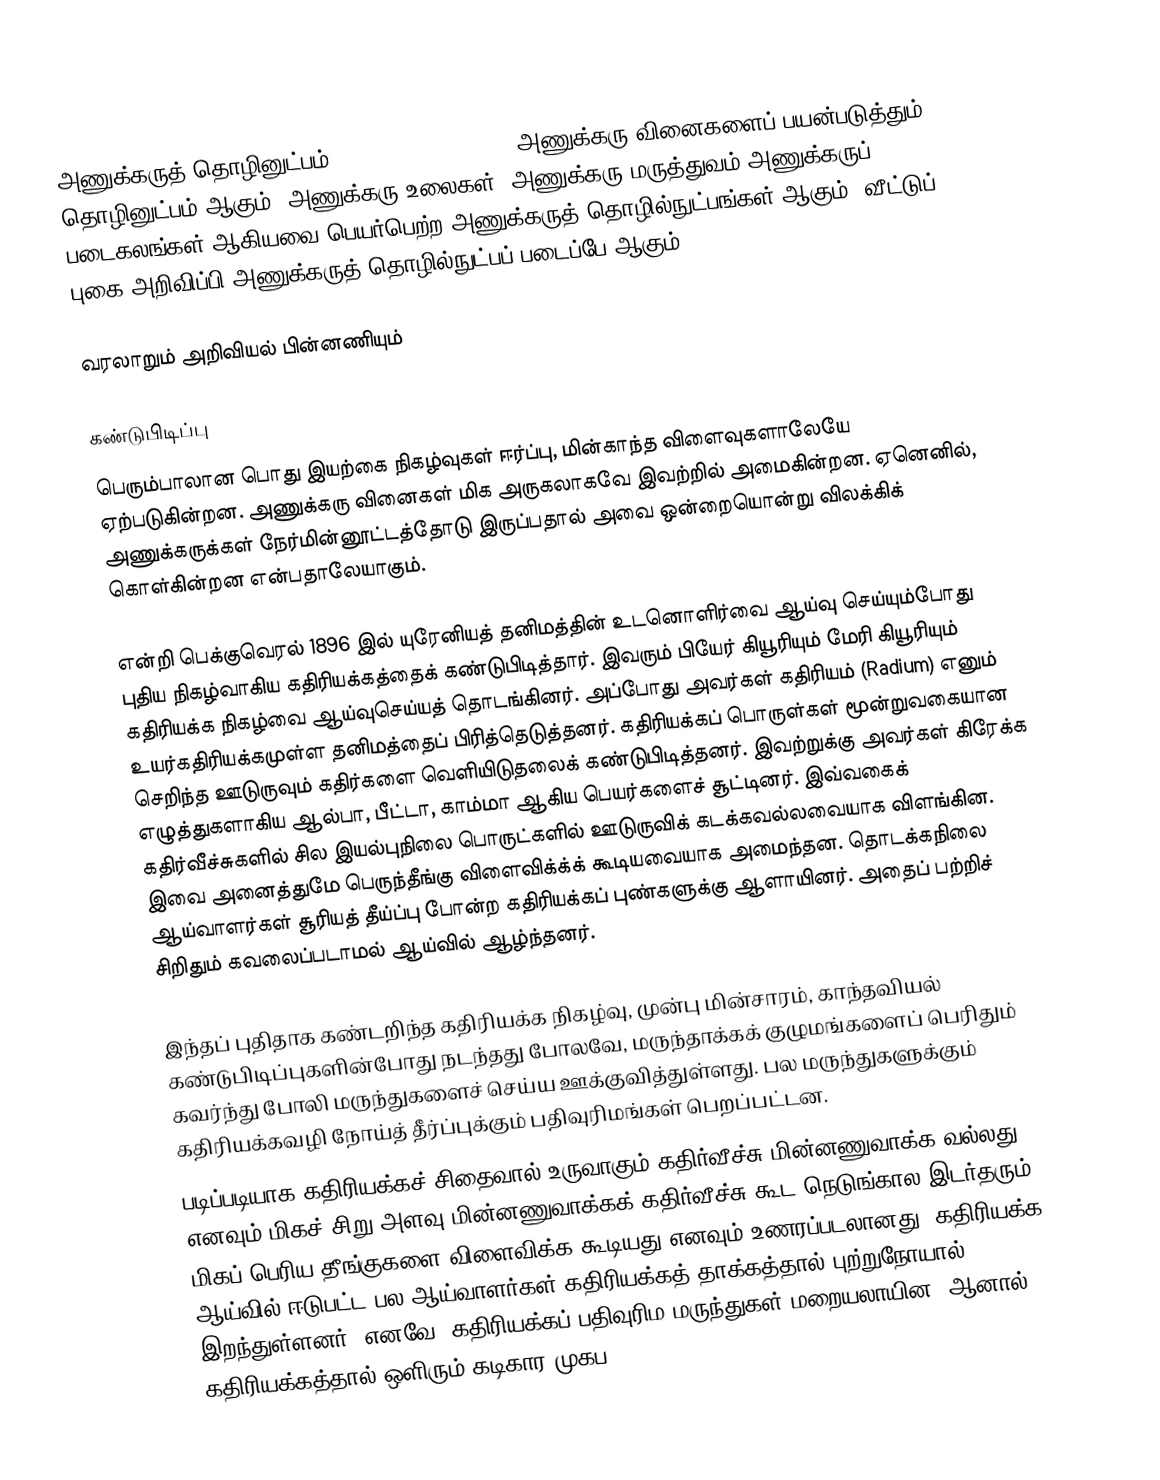
அணுக்கருத் தொழினுட்பம் (Nuclear technology) அணுக்கரு வினைகளைப் பயன்படுத்தும் தொழினுட்பம் ஆகும். அணுக்கரு உலைகள், அணுக்கரு மருத்துவம் அணுக்கருப் படைகலங்கள் ஆகியவை பெயர்பெற்ற அணுக்கருத் தொழில்நுட்பங்கள் ஆகும். வீட்டுப் புகை அறிவிப்பி அணுக்கருத் தொழில்நுட்பப் படைப்பே ஆகும்.

வரலாறும் அறிவியல் பின்னணியும்

கண்டுபிடிப்பு
பெரும்பாலான பொது இயற்கை நிகழ்வுகள் ஈர்ப்பு, மின்காந்த விளைவுகளாலேயே ஏற்படுகின்றன. அணுக்கரு வினைகள் மிக அருகலாகவே இவற்றில் அமைகின்றன. ஏனெனில், அணுக்கருக்கள் நேர்மின்னூட்டத்தோடு இருப்பதால் அவை ஒன்றையொன்று விலக்கிக் கொள்கின்றன என்பதாலேயாகும்.

என்றி பெக்குவெரல் 1896 இல் யுரேனியத் தனிமத்தின் உடனொளிர்வை ஆய்வு செய்யும்போது புதிய நிகழ்வாகிய கதிரியக்கத்தைக் கண்டுபிடித்தார். இவரும் பியேர் கியூரியும் மேரி கியூரியும் கதிரியக்க நிகழ்வை ஆய்வுசெய்யத் தொடங்கினர். அப்போது அவர்கள் கதிரியம் (Radium) எனும் உயர்கதிரியக்கமுள்ள தனிமத்தைப் பிரித்தெடுத்தனர். கதிரியக்கப் பொருள்கள் மூன்றுவகையான செறிந்த ஊடுருவும் கதிர்களை வெளியிடுதலைக் கண்டுபிடித்தனர். இவற்றுக்கு அவர்கள் கிரேக்க எழுத்துகளாகிய ஆல்பா, பீட்டா, காம்மா ஆகிய பெயர்களைச் சூட்டினர். இவ்வகைக் கதிர்வீச்சுகளில் சில இயல்புநிலை பொருட்களில் ஊடுருவிக் கடக்கவல்லவையாக விளங்கின. இவை அனைத்துமே பெருந்தீங்கு விளைவிக்க்க் கூடியவையாக அமைந்தன. தொடக்கநிலை ஆய்வாளர்கள் சூரியத் தீய்ப்பு போன்ற கதிரியக்கப் புண்களுக்கு ஆளாயினர். அதைப் பற்றிச் சிறிதும் கவலைப்படாமல் ஆய்வில் ஆழ்ந்தனர்.

இந்தப் புதிதாக கண்டறிந்த கதிரியக்க நிகழ்வு, முன்பு மின்சாரம், காந்தவியல் கண்டுபிடிப்புகளின்போது நடந்தது போலவே,  மருந்தாக்கக் குழுமங்களைப் பெரிதும் கவர்ந்து போலி மருந்துகளைச் செய்ய ஊக்குவித்துள்ளது. பல மருந்துகளுக்கும் கதிரியக்கவழி நோய்த் தீர்ப்புக்கும் பதிவுரிமங்கள் பெறப்பட்டன.
படிப்படியாக கதிரியக்கச் சிதைவால் உருவாகும் கதிர்வீச்சு மின்னணுவாக்க வல்லது எனவும் மிகச் சிறு அளவு மின்னணுவாக்கக் கதிர்வீச்சு கூட நெடுங்கால இடர்தரும் மிகப் பெரிய தீங்குகளை விளைவிக்க கூடியது எனவும் உணரப்படலானது. கதிரியக்க ஆய்வில் ஈடுபட்ட பல ஆய்வாளர்கள் கதிரியக்கத் தாக்கத்தால் புற்றுநோயால் இறந்துள்ளனர்.  எனவே, கதிரியக்கப் பதிவுரிம மருந்துகள் மறையலாயின. ஆனால், கதிரியக்கத்தால் ஒளிரும் கடிகார முகப